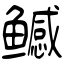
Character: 鳡